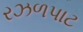
રઝળપાટ